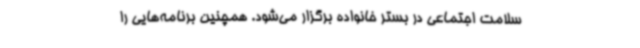
سلامت اجتماعی در بستر خانواده برگزار می‌شود. همچنین برنامه‌هایی را